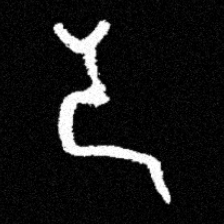
Pyu character \u2014 Myanmar letter: ဒ (romanized: da)